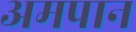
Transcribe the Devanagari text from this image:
अमपान